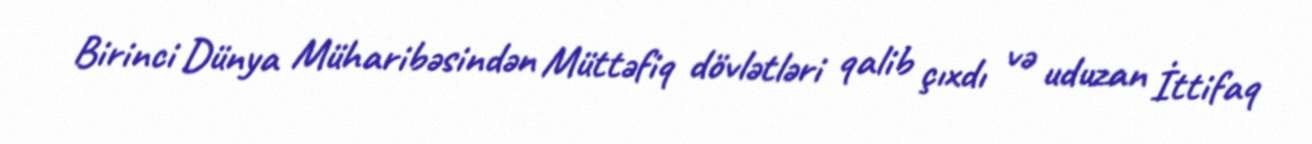
Birinci Dünya Müharibəsindən Müttəfiq dövlətləri qalib çıxdı və uduzan İttifaq